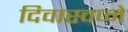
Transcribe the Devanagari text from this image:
दिवास्वप्ने